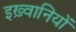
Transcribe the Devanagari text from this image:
इख़्वानियों